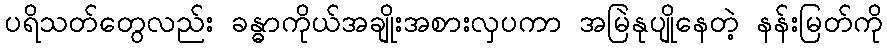
ပရိသတ်တွေလည်း ခန္ဓာကိုယ်အချိုးအစားလှပကာ အမြဲနုပျိုနေတဲ့ နန်းမြတ်ကို